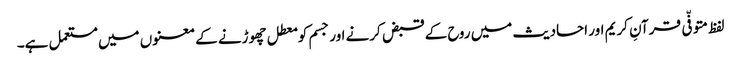
لفظ متوفّی قرآنِ کریم اور احادیث میں روح کے قبض کرنے اور جسم کو معطل چھوڑنے کے معنوں میں مستعمل ہے۔